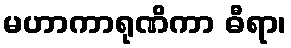
မဟာကာရုဏိကာ ဓီရာ၊